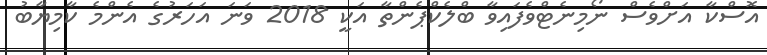
އޮސްކާ އަށްވެސް ނޯމިނެޓްވެފައިވާ ބްލެކްޕެންތާ އަކީ 2018 ވަނަ އަހަރުގެ އެންމެ ކާމިޔާބު